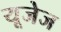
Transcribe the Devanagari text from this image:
यूजेज